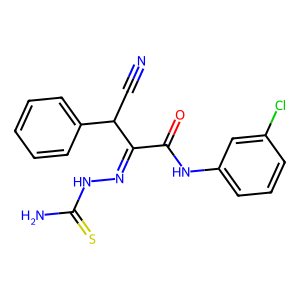
SMILES: N#CC(C(=NNC(N)=S)C(=O)Nc1cccc(Cl)c1)c1ccccc1
Inhibits HIV replication: No